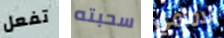
تفعل سحبته الامامي